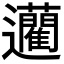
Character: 𨙟